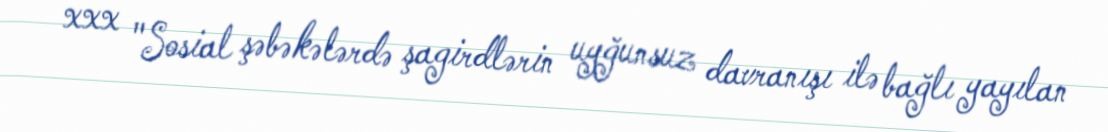
xxx "Sosial şəbəkələrdə şagirdlərin uyğunsuz davranışı ilə bağlı yayılan